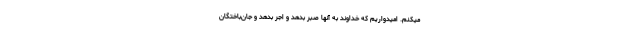
میکنم. امیدواریم که خداوند به آنها صبر بدهد و اجر بدهد و جان‌باختگان